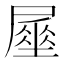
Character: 𡳑